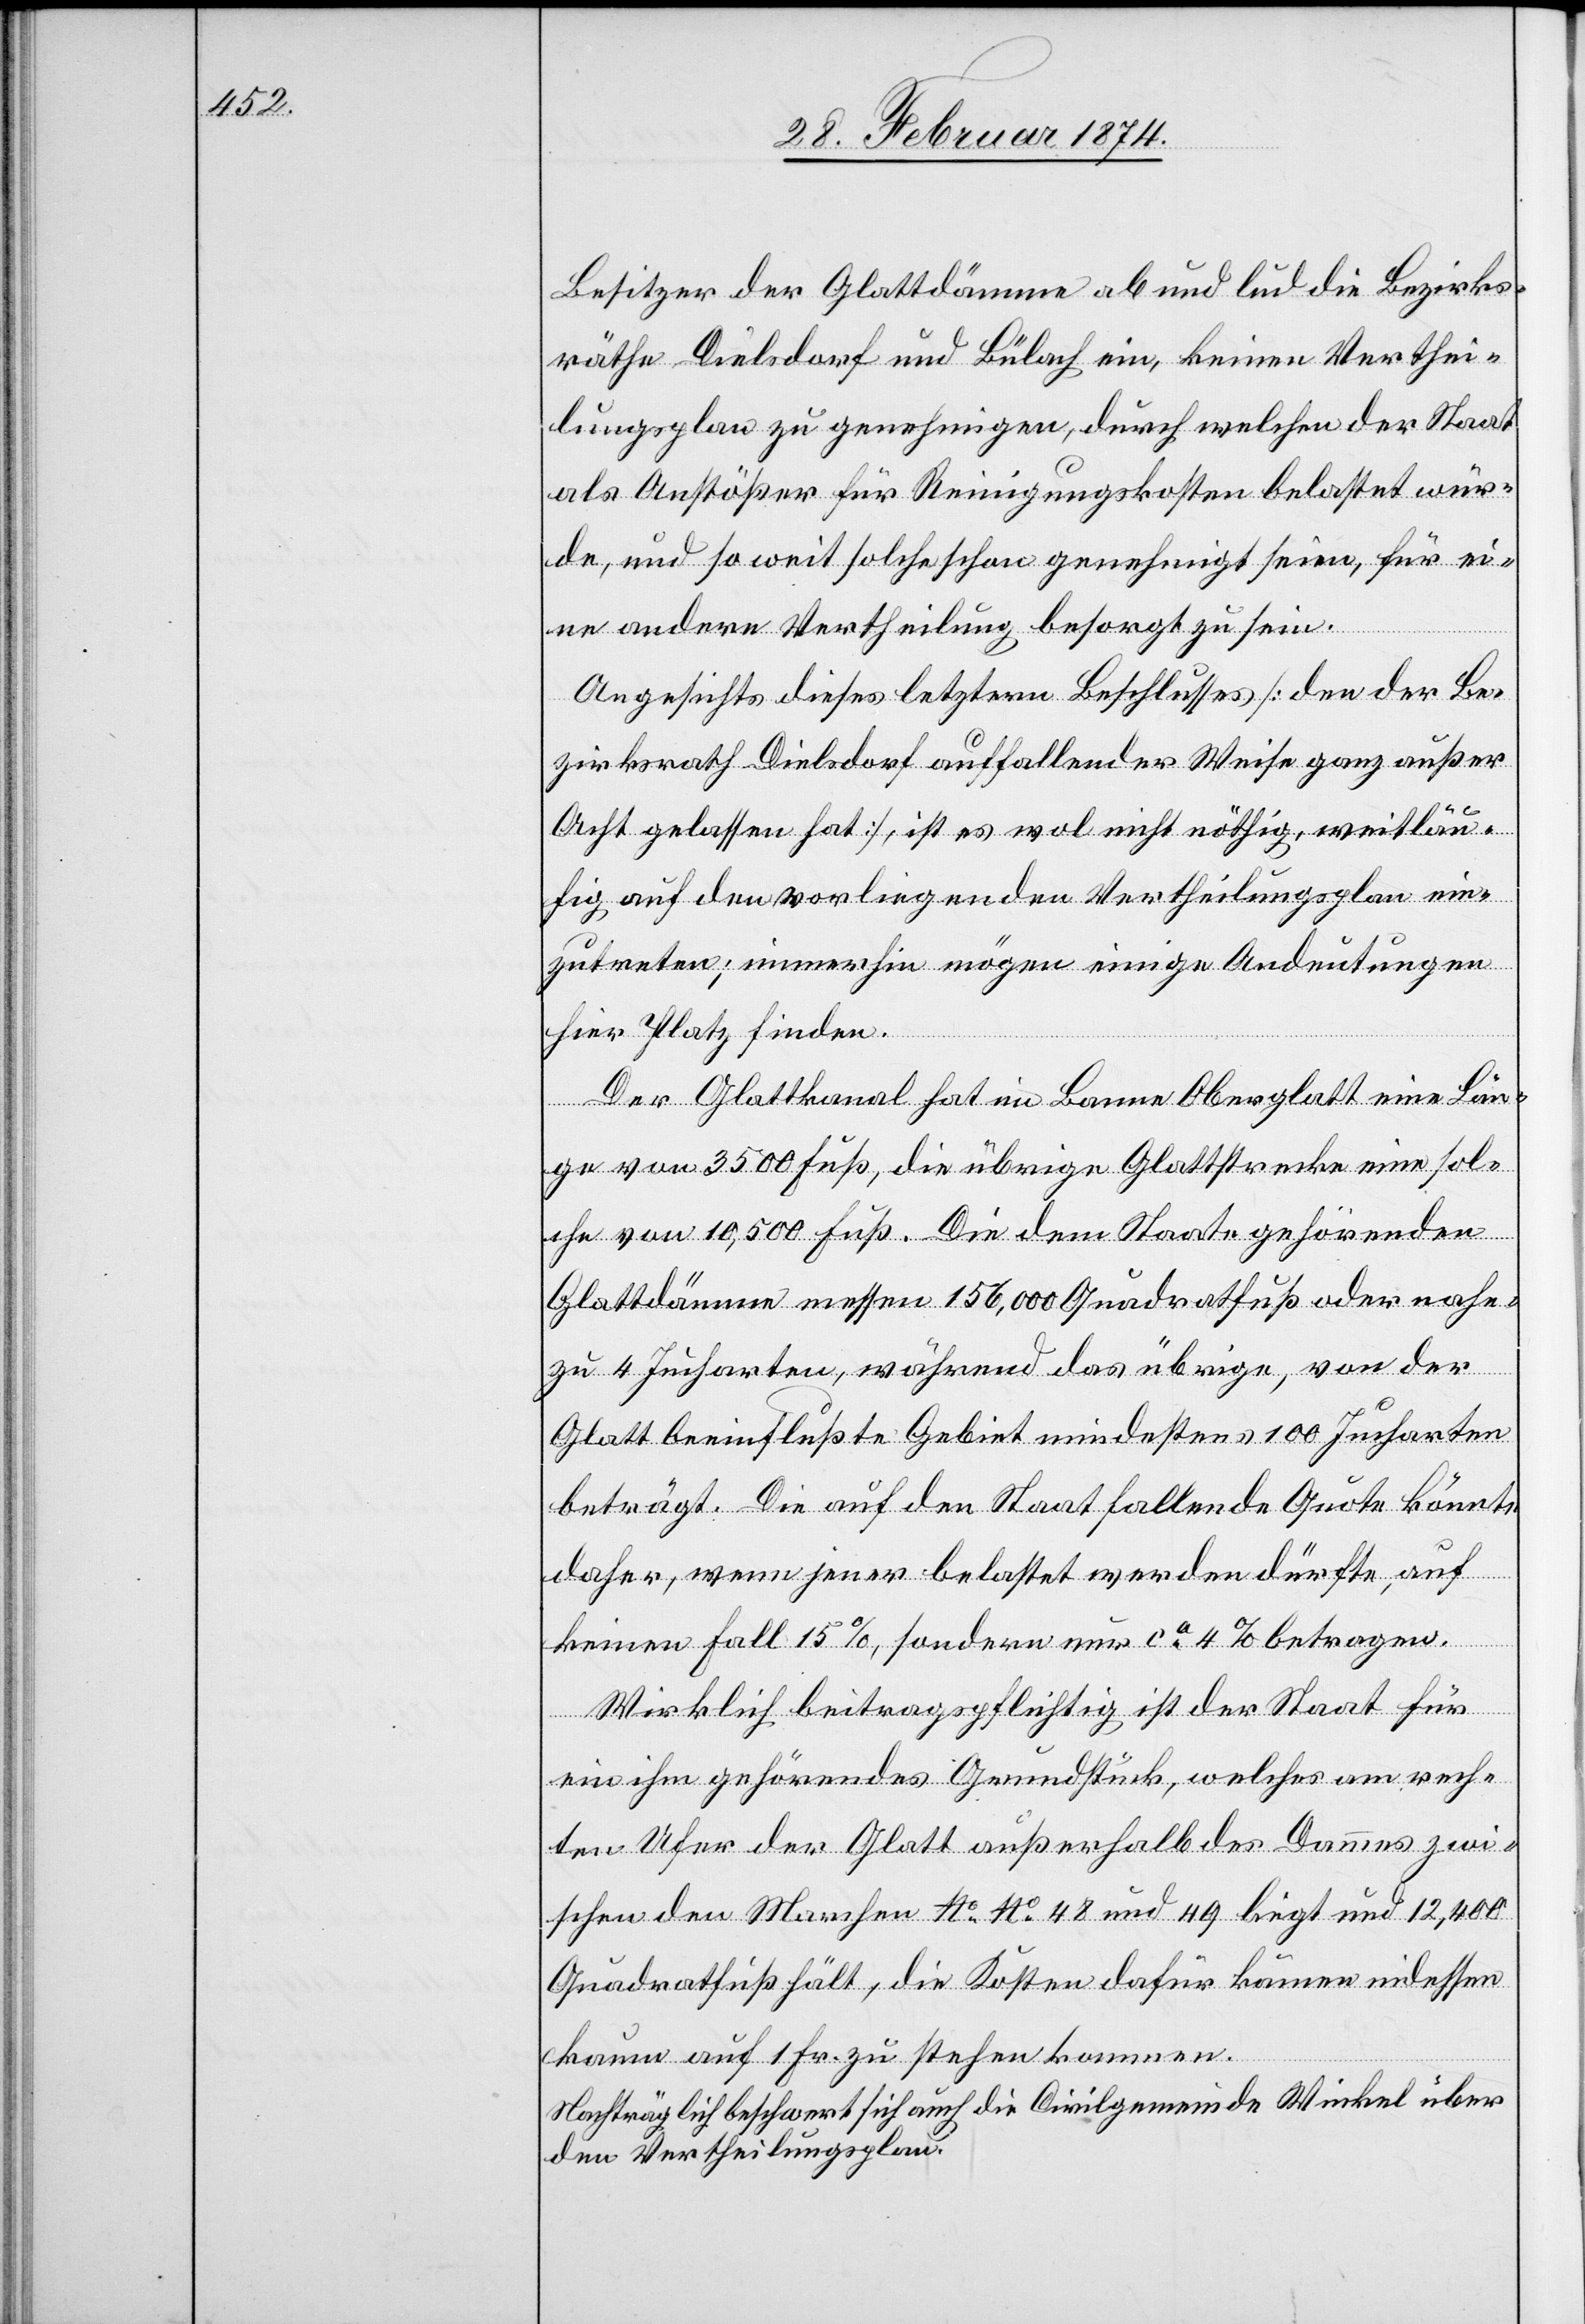
Besitzer der Glattdämme ab und lud die Bezirks¬
räthe Dielsdorf und Bülach ein, keinen Verthei¬
lungsplan zu genehmigen, durch welchen der Staat
als Anstößer für Reinigungskosten belastet wür¬
de, und so weit solche schon genehmigt seien, für ei¬
ne andere Vertheilung besorgt zu sein.
Angesichts dieses letztern Beschlusses [den der Be¬
zirksrath Dielsdorf auffallender Weise ganz außer
Acht gelassen hat], ist es wol nicht nöthig, weitläu¬
fig auf den vorliegenden Vertheilungsplan ein¬
zutreten; immerhin mögen einige Andeutungen
hier Platz finden.
Der Glattkanal hat im Banne Oberglatt eine Län¬
ge von 3500 Fuß, die übrige Glattstrecke eine sol¬
che von 10,500 Fuß. Die dem Staate gehörenden
Glattdämme messen 156,000 Quadratfuß oder nahe¬
zu 4 Jucharten, während das übrige, von der
Glatt beeinflußte Gebiet mindestens 100 Jucharten
beträgt. Die auf den Staat fallende Quote könnte
daher, wenn jener belastet werden dürfte, auf
keinen Fall 15%, sondern nur ca. 4% betragen.
Wirklich beitragspflichtig ist der Staat für
ein ihm gehörendes Grundstück, welches am rech¬
ten Ufer der Glatt außerhalb des Dammes zwi¬
schen den Marchen No. No. [sic!] 48 und 49 liegt und 12,400
Quadratfuß hält, die Kosten dafür können indessen
kaum auf 1 Fr. zu stehen kommen.
Nachträglich beschwert sich auch die Civilgemeinde Winkel über
den Vertheilungsplan.